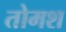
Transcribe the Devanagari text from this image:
तोमश